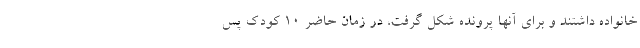
خانواده داشتند و برای آنها پرونده شکل گرفت، در زمان حاضر 10 کودک پس